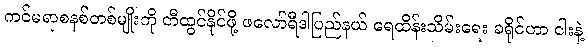
ကင်မရာစနစ်တစ်မျိုးကို တီထွင်နိုင်ဖို့ ဖလော်ရီဒါပြည်နယ် ရေထိန်းသိမ်းရေး ခရိုင်ဟာ ငါးနဲ့